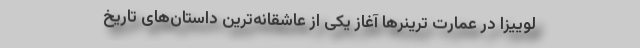
لوییزا در عمارت ترینرها آغاز یکی از عاشقانه‌ترین داستان‌های تاریخ